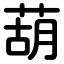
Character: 葫